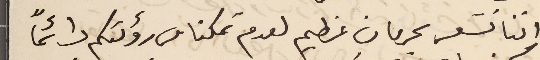
اننا نشعر بحرمان عظيم لعدم تمكنا من رؤىتكم دائمًا